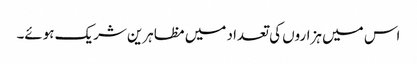
اس میں ہزاروں کی تعداد میں مظاہرین شریک ہوئے۔